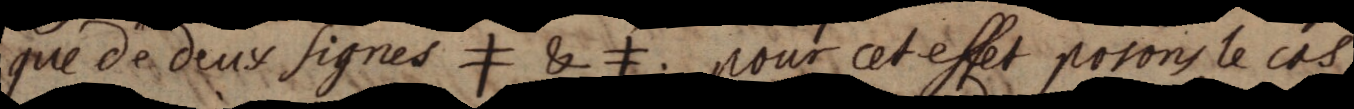
qué de deux signes ≠ & ≠. pour cet effet posons le cas